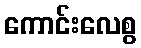
ကောင်းလေစွ